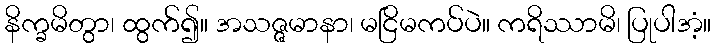
နိက္ခမိတွာ၊ ထွက်၍။ အသဇ္ဇမာနာ၊ မငြိမကပ်ပဲ။ ကရိဿာမိ၊ ပြုပါအံ့။